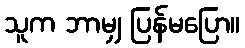
သူက ဘာမျှ ပြန်မပြော။